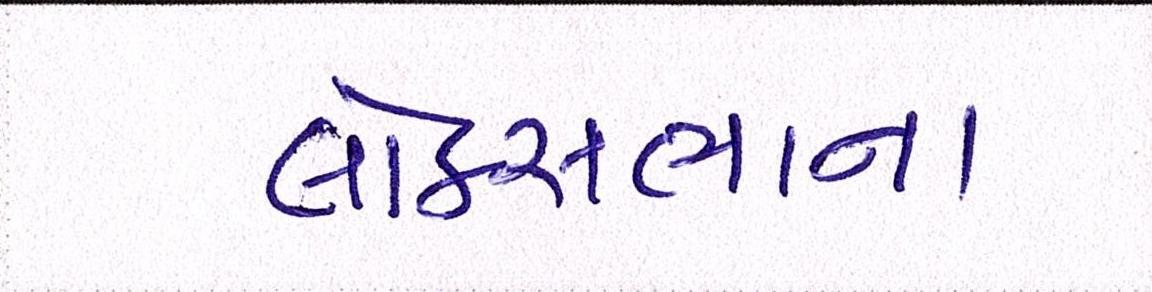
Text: લોકસબાનાં